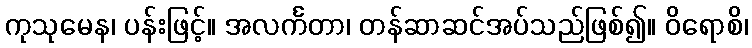
ကုသုမေန၊ ပန်းဖြင့်။ အလင်္ကတာ၊ တန်ဆာဆင်အပ်သည်ဖြစ်၍။ ဝိရောစိ၊